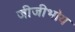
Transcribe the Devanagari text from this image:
जीजीभोय